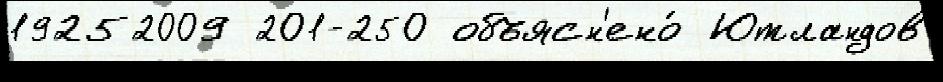
19252009 201-250 объясн'ено́ Ютландов